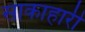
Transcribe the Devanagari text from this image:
साकाहारी